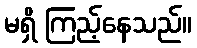
မရှိ ကြည့်နေသည်။